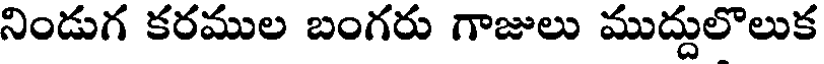
నిండుగ కరముల బంగరు గాజులు ముద్దులొలుక